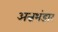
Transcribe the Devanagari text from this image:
अन्नभंडार